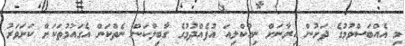
މި އެއްބަސްވުމުގެ ދަށުން އިރާނަށް ނިއުކްލިއަ އުފެއްދުމުގެ ގާބިލްކަން ނެތްކަން އެގައުމުތަކަށް ކަށަވަރު